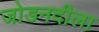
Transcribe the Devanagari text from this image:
जोडनदीला